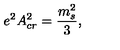
e ^ { 2 } A _ { c r } ^ { 2 } = { \frac { m _ { s } ^ { 2 } } { 3 } } ,